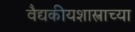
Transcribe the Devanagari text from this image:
वैद्यकीयशास्त्राच्या